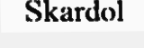
Skardol